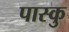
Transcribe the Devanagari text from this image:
पास्कु